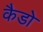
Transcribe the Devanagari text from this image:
कैडो